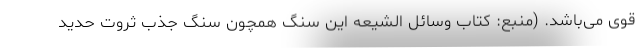
قوی می‌باشد. (منبع: کتاب وسائل الشیعه این سنگ همچون سنگ جذب ثروت حدید